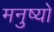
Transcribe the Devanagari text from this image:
मनुष्‍यो